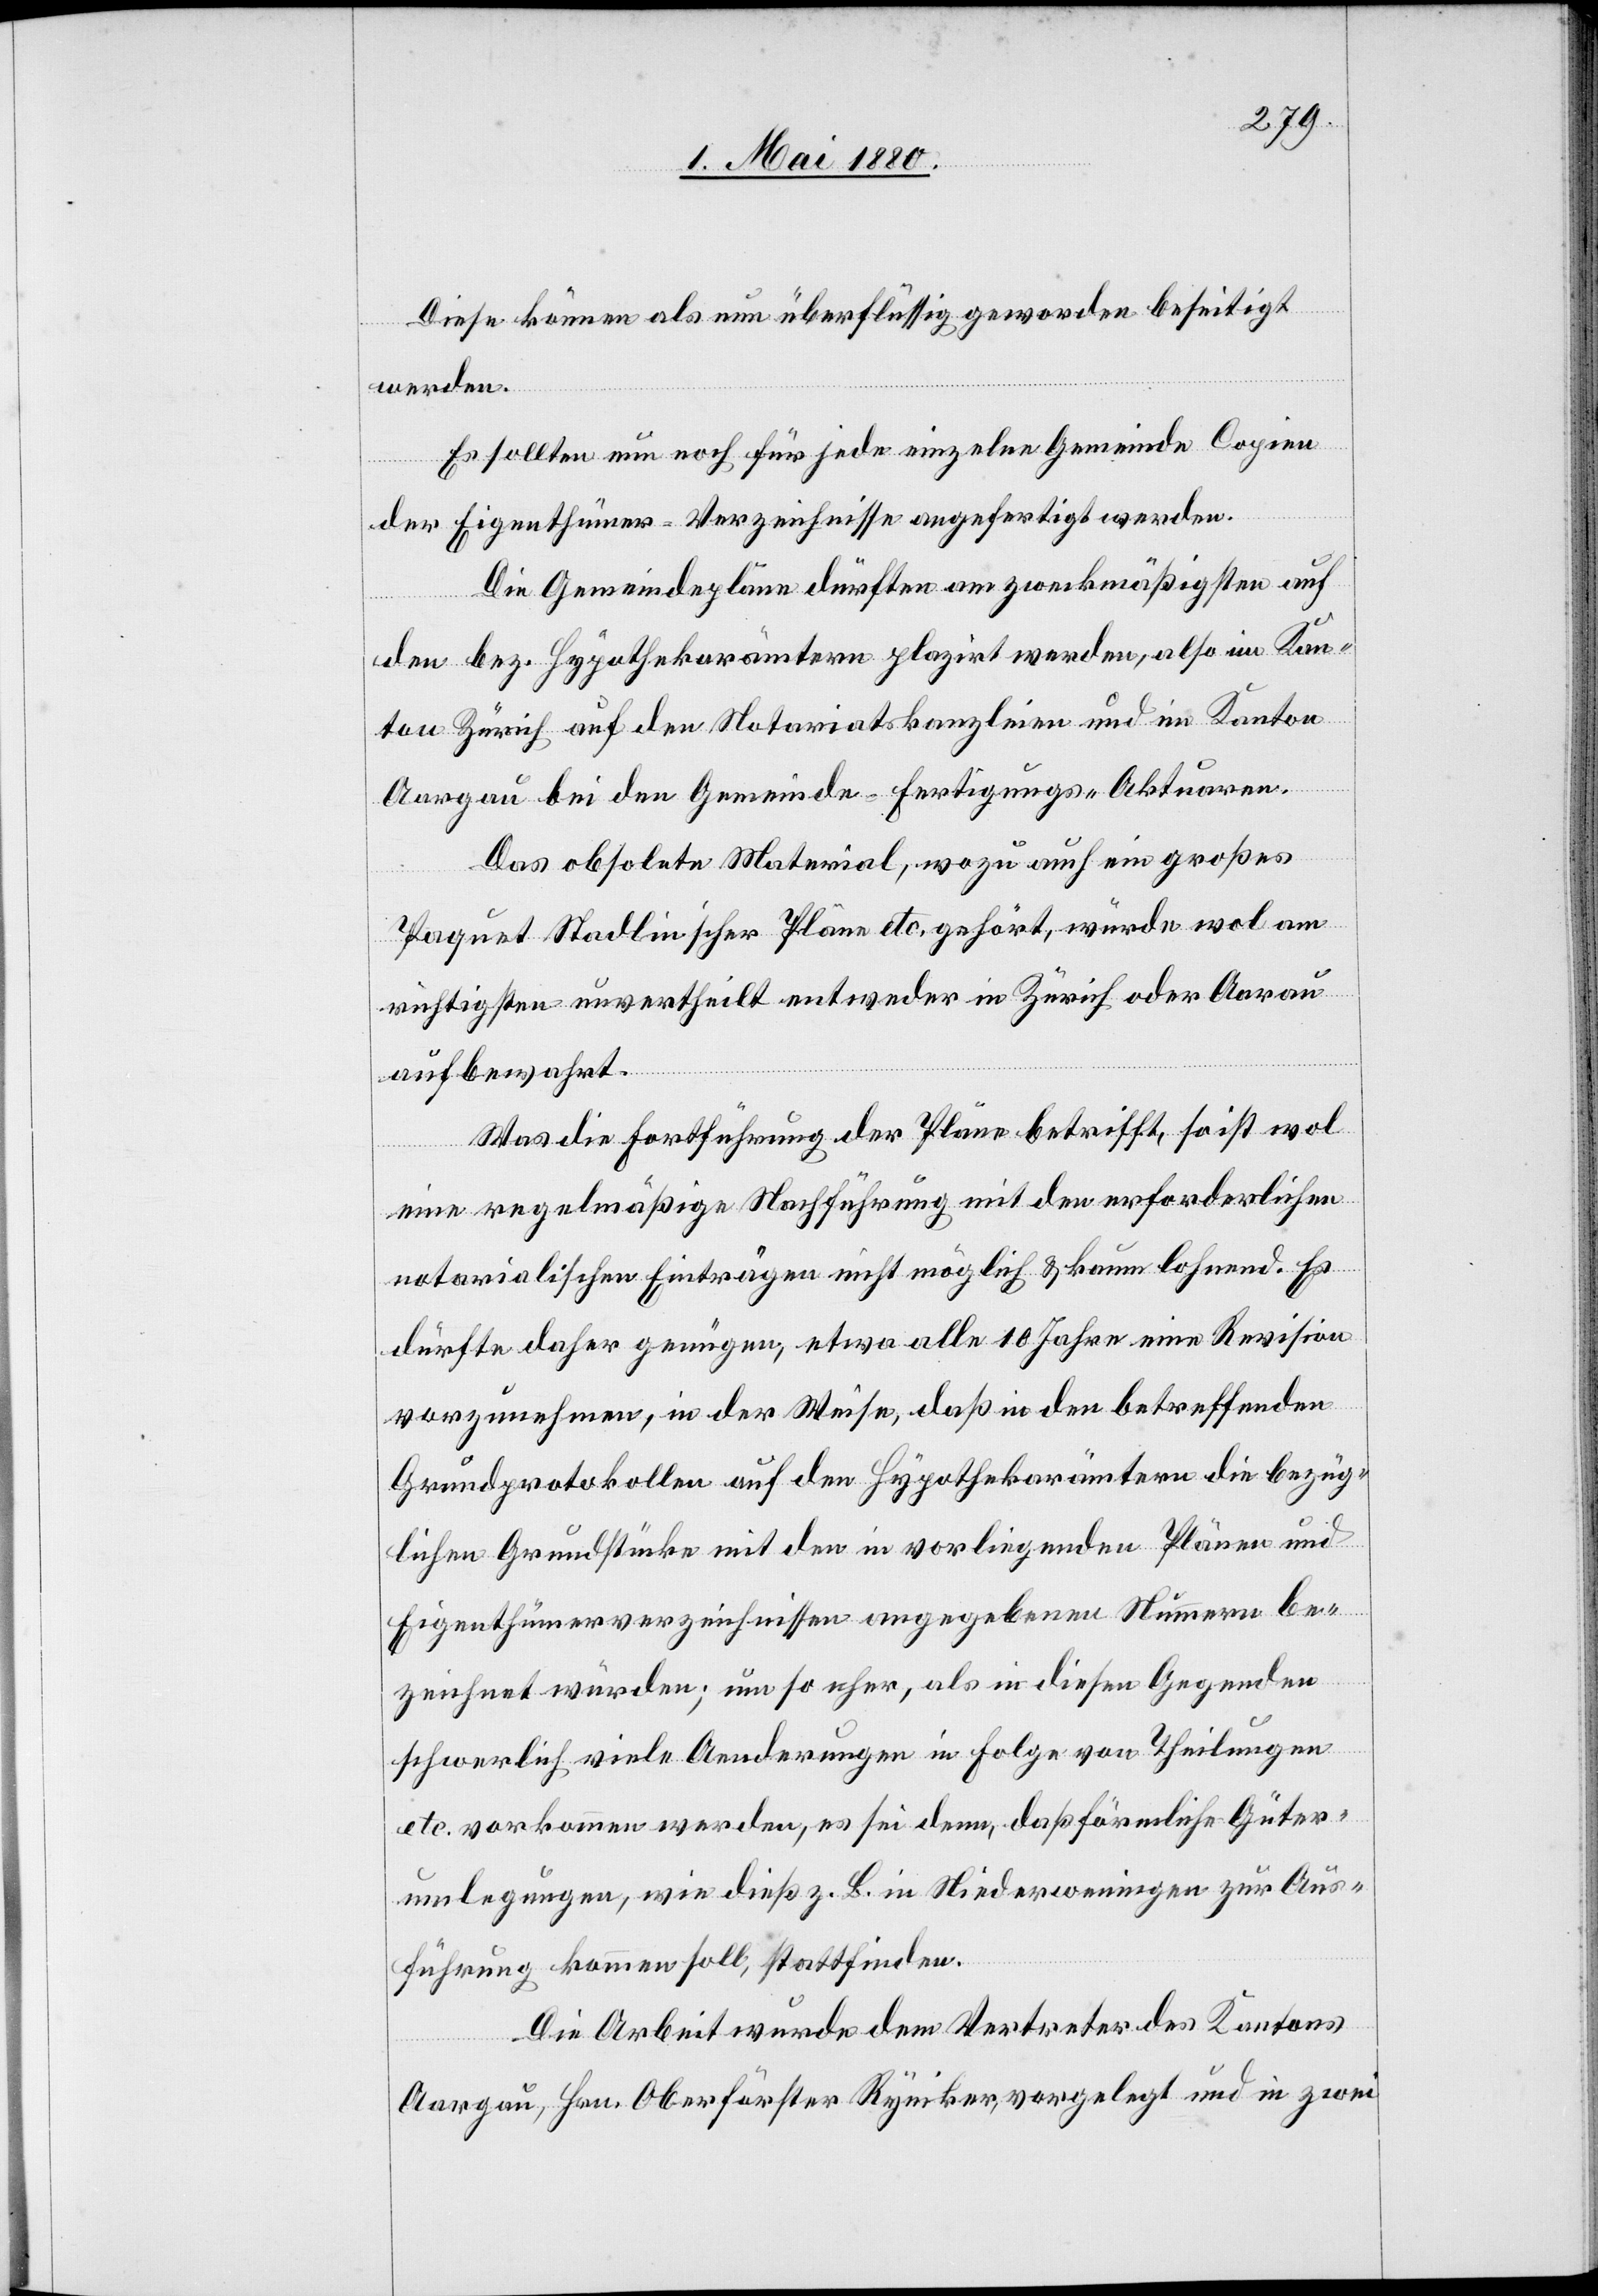
Diese können als nun überflüssig geworden beseitigt
werden.
Es sollten nun noch für jede einzelne Gemeinde Copien
der Eigenthümer-Verzeichnisse angefertigt werden.
Die Gemeindepläne dürften am zweckmäßigsten auf
den bez. Hypothekarämtern plazirt werden, also im Kan¬
ton Zürich auf den Notariatskanzleien und im Kanton
Aargau bei den Gemeinde-Fertigungs-Aktuaren.
Das obsolete Material, wozu auch ein großes
Paquet Stadlin’scher Pläne etc. gehört, würde wol am
richtigsten unvertheilt entweder in Zürich oder Aarau
aufbewahrt.
Was die Fortführung der Pläne betrifft, so ist wol
eine regelmäßige Nachführung mit den erforderlichen
notarialischen Einträgen nicht möglich & kaum lohnend. Es
dürfte daher genügen, etwa alle 10 Jahre eine Revision
vorzunehmen, in der Weise, daß in den betreffenden
Grundprotokollen auf den Hypothekarämtern die bezüg¬
lichen Grundstücke mit den in vorliegenden Plänen und
Eigenthümerverzeichnissen angegebenen Nummern be¬
zeichnet würden; um so eher, als in diesen Gegenden
schwerlich viele Aenderungen in Folge von Theilungen
etc. vorkommen werden, es sei denn, daß förmliche Güter¬
umlegungen, wie dieß z. B. in Niederweningen zur Aus¬
führung kommen soll, stattfinden.
Die Arbeit wurde dem Vertreter des Kantons
Aargau, Hrn. Oberförster Ryniker, vorgelegt und in zwei